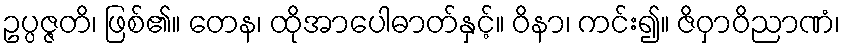
ဥပ္ပဇ္ဇတိ၊ ဖြစ်၏။ တေန၊ ထိုအာပေါဓာတ်နှင့်။ ဝိနာ၊ ကင်း၍။ ဇိဝှာဝိညာဏံ၊